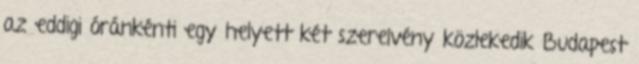
az eddigi óránkénti egy helyett két szerelvény közlekedik Budapest